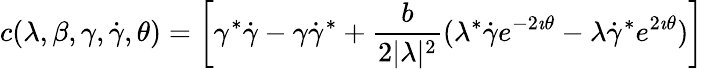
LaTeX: c(\lambda,\beta,\gamma,\dot{\gamma},\theta)=\left[\gamma^{*}\dot{\gamma}-\gamma\dot{\gamma}^{*}+\frac{b}{2|\lambda|^{2}}(\lambda^{*}\dot{\gamma}e^{-2\imath\theta}-\lambda\dot{\gamma}^{*}e^{2\imath\theta})\right]